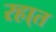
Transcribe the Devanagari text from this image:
रहा्त